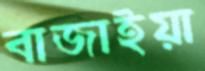
বাজাইয়া